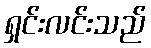
ရှင်းလင်းသည်